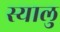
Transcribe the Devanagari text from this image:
स्यालु